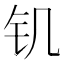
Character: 𰽕